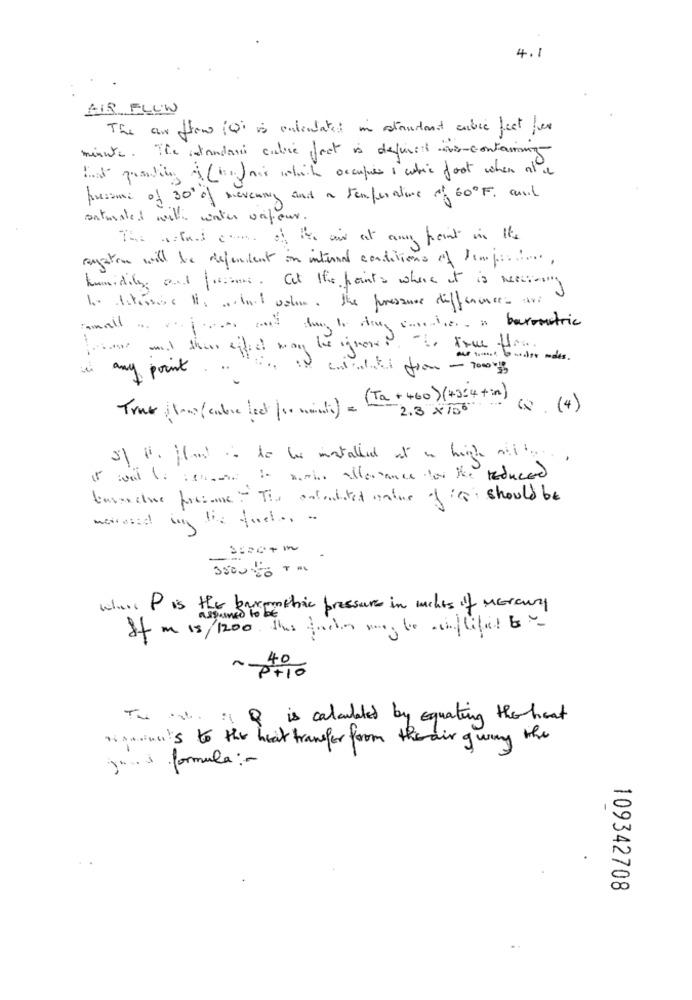
4.1
AIS FLUW
The air flow (Qi is entiulated in atautant cobre feet fer
minute. The standard cable fact is defined as-containing
Ist party (s )or white occupies i whic foot when at a
pursome of 30' of neveuning and a temperature of 60ºF. and
antalet will water vapeur.
The artund come of the air at any point in Its
system will be dependent in internal conditions of Pompes !....
humidity and forms. at the points what it is neccising
Is ditéssine His o int oslo. the pressure difference
mail . vejam and day to day coralie a barometric
fotos and then affect may be ignored. "to true fre
Guider mdes .
any point
...
is entity from- 2015
(Ta + 460) (+3=4 + in )
(R. ( 4 )
True low (cubic feet ( so wich) =2.3 × 106
of war Io temos to main allerace for the reduced
bureaue freione- The artaudited unter ofis should be
350000 ...
wis P is the barometric pressure in miles of Mercury
If m 18/1200. this free mans to asiflifel bo-
40
P+10
The ist | Q is calculated by Equating the heat
woman's to the heat transfer from the air owing the
jos formula :-
A
0
109342708